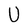
Character: U